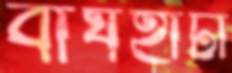
বাঘহাটা